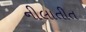
નીલાતીત